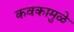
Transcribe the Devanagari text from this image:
कवकामुळे